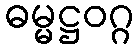
ဓမ္မဋ္ဌဝဂ္ဂ